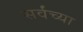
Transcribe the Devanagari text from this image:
सर्वंच्या